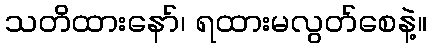
သတိထားနော်၊ ရထားမလွတ်စေနဲ့။